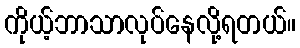
ကိုယ့်ဘာသာလုပ်နေလို့ရတယ်။